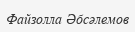
Файзолла Әбсәлемов